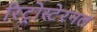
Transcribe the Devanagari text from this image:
रिट्रोस्टेरनल